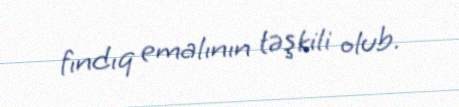
fındıq emalının təşkili olub.